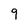
Character: 9